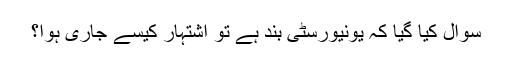
سوال کیا گیا کہ یونیورسٹی بند ہے تو اشتہار کیسے جاری ہوا؟